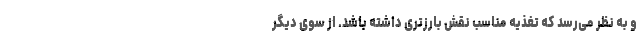
و به نظر می‌رسد که تغذیه مناسب نقش بارزتری داشته باشد. از سوی دیگر